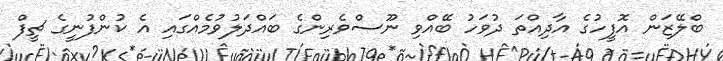
ބްލޭޒަން އޮފީހުގެ އާދިއްތަ ދުވަހު ބޭއްވި ނޫސްވެރިންގެ ބައްދަލުވުމެއްގައި އެ ކުންފުނީގެ ޗީފް